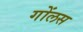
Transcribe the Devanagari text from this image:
गोंलस